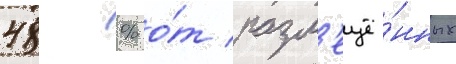
48 % о́т разм'ещё́нных